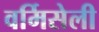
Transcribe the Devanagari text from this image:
वर्मिसेली